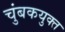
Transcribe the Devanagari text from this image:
चुंबकयुक्त